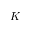
K